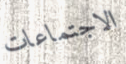
الاجتماعات